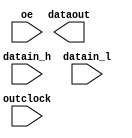
// megafunction wizard: %ALTDDIO_OUT%VBB%
// GENERATION: STANDARD
// VERSION: WM1.0
// MODULE: ALTDDIO_OUT 

// ============================================================
// Megafunction Name(s):
// 			ALTDDIO_OUT
//
// Simulation Library Files(s):
// 			altera_mf
// ============================================================
// ************************************************************
// THIS IS A WIZARD-GENERATED FILE. DO NOT EDIT THIS FILE!
//
// 20.1.1 Build 720 11/11/2020 SJ Lite Edition
// ************************************************************

//Copyright (C) 2020  Intel Corporation. All rights reserved.
//Your use of Intel Corporation's design tools, logic functions 
//and other software and tools, and any partner logic 
//functions, and any output files from any of the foregoing 
//(including device programming or simulation files), and any 
//associated documentation or information are expressly subject 
//to the terms and conditions of the Intel Program License 
//Subscription Agreement, the Intel Quartus Prime License Agreement,
//the Intel FPGA IP License Agreement, or other applicable license
//agreement, including, without limitation, that your use is for
//the sole purpose of programming logic devices manufactured by
//Intel and sold by Intel or its authorized distributors.  Please
//refer to the applicable agreement for further details, at
//https://fpgasoftware.intel.com/eula.

module DDIO_OUT (
	datain_h,
	datain_l,
	oe,
	outclock,
	dataout);

	input	[15:0]  datain_h;
	input	[15:0]  datain_l;
	input	  oe;
	input	  outclock;
	output	[15:0]  dataout;

endmodule

// ============================================================
// CNX file retrieval info
// ============================================================
// Retrieval info: LIBRARY: altera_mf altera_mf.altera_mf_components.all
// Retrieval info: PRIVATE: INTENDED_DEVICE_FAMILY STRING "Cyclone V"
// Retrieval info: CONSTANT: EXTEND_OE_DISABLE STRING "OFF"
// Retrieval info: CONSTANT: INTENDED_DEVICE_FAMILY STRING "Cyclone V"
// Retrieval info: CONSTANT: INVERT_OUTPUT STRING "OFF"
// Retrieval info: CONSTANT: LPM_HINT STRING "UNUSED"
// Retrieval info: CONSTANT: LPM_TYPE STRING "altddio_out"
// Retrieval info: CONSTANT: OE_REG STRING "UNREGISTERED"
// Retrieval info: CONSTANT: POWER_UP_HIGH STRING "OFF"
// Retrieval info: CONSTANT: WIDTH NUMERIC "16"
// Retrieval info: USED_PORT: datain_h 0 0 16 0 INPUT NODEFVAL "datain_h[15..0]"
// Retrieval info: CONNECT: @datain_h 0 0 16 0 datain_h 0 0 16 0
// Retrieval info: USED_PORT: datain_l 0 0 16 0 INPUT NODEFVAL "datain_l[15..0]"
// Retrieval info: CONNECT: @datain_l 0 0 16 0 datain_l 0 0 16 0
// Retrieval info: USED_PORT: dataout 0 0 16 0 OUTPUT NODEFVAL "dataout[15..0]"
// Retrieval info: CONNECT: dataout 0 0 16 0 @dataout 0 0 16 0
// Retrieval info: USED_PORT: oe 0 0 0 0 INPUT NODEFVAL "oe"
// Retrieval info: CONNECT: @oe 0 0 0 0 oe 0 0 0 0
// Retrieval info: USED_PORT: outclock 0 0 0 0 INPUT_CLK_EXT NODEFVAL "outclock"
// Retrieval info: CONNECT: @outclock 0 0 0 0 outclock 0 0 0 0
// Retrieval info: GEN_FILE: TYPE_NORMAL DDIO_OUT.v TRUE FALSE
// Retrieval info: GEN_FILE: TYPE_NORMAL DDIO_OUT.qip TRUE FALSE
// Retrieval info: GEN_FILE: TYPE_NORMAL DDIO_OUT.bsf TRUE TRUE
// Retrieval info: GEN_FILE: TYPE_NORMAL DDIO_OUT_inst.v TRUE TRUE
// Retrieval info: GEN_FILE: TYPE_NORMAL DDIO_OUT_bb.v TRUE TRUE
// Retrieval info: GEN_FILE: TYPE_NORMAL DDIO_OUT.inc TRUE TRUE
// Retrieval info: GEN_FILE: TYPE_NORMAL DDIO_OUT.cmp TRUE TRUE
// Retrieval info: GEN_FILE: TYPE_NORMAL DDIO_OUT.ppf TRUE FALSE
// Retrieval info: LIB_FILE: altera_mf